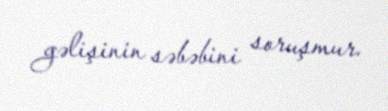
gəlişinin səbəbini soruşmur.